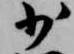
少